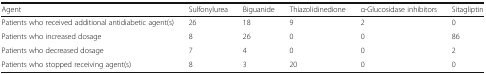
<table><thead><tr><td><b>Agent</b></td><td><b>Sulfonylurea</b></td><td><b>Biguanide</b></td><td><b>Thiazolidinedione</b></td><td><b>α-Glucosidase inhibitors</b></td><td><b>Sitagliptin</b></td></tr></thead><tbody><tr><td>Patients who received additional antidiabetic agent(s)</td><td>26</td><td>18</td><td>9</td><td>2</td><td>0</td></tr><tr><td>Patients who increased dosage</td><td>8</td><td>26</td><td>0</td><td>0</td><td>86</td></tr><tr><td>Patients who decreased dosage</td><td>7</td><td>4</td><td>0</td><td>0</td><td>2</td></tr><tr><td>Patients who stopped receiving agent(s)</td><td>8</td><td>3</td><td>20</td><td>0</td><td>0</td></tr></tbody></table>